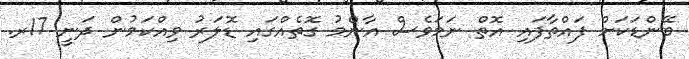
ބޭންޑަކަށް ފައްތާފައި އޮތް ނަމަވެސް އާންމު ގޮތެއްގައި ޑޮލަރު ވިއްކަމުން ދަނީ 17ރ.